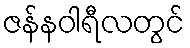
ဇန်နဝါရီလတွင်